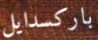
باركسدايل